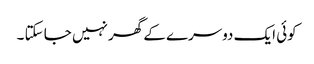
کوئی ایک دوسرے کے گھر نہیں جا سکتا ۔